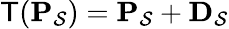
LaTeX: \mathsf{T}(\mathbf{P}_{\mathcal{S}})=\mathbf{P}_{\mathcal{S}}+\mathbf{D}_{\mathcal{S}}